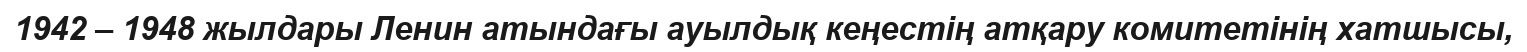
1942 – 1948 жылдары Ленин атындағы ауылдық кеңестің атқару комитетінің хатшысы,